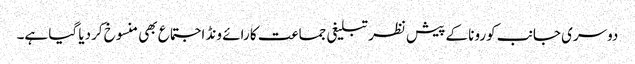
دوسری جانب کورونا کے پیش نظر تبلیغی جماعت کا رائے ونڈ اجتماع بھی منسوخ کردیا گیا ہے۔